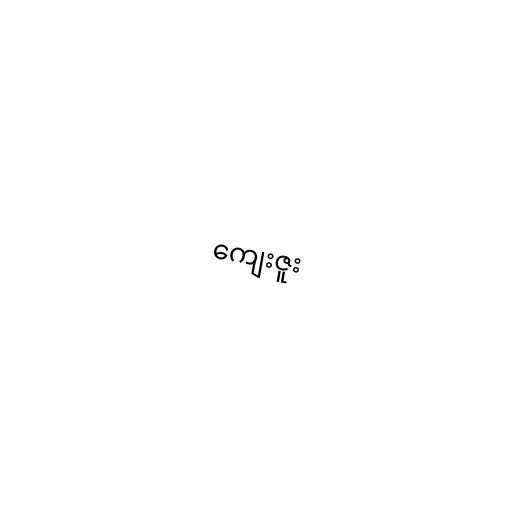
ကျေးဇူး